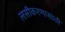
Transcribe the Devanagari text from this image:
लसीकरणासाठी